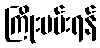
ကြိုးပမ်းရန်